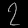
Digit: ၇